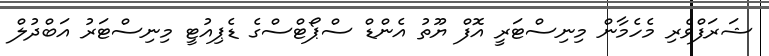
ޝަރަފްވެރި މެހެމާން މިނިސްޓަރީ އޮފް ޔޫތު އެންޑް ސްޕޯޓްސްގެ ޑެޕިއުޓީ މިނިސްޓަރު އަބްދުލް